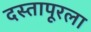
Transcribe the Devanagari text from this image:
दस्तापूरला